On a parasite found in the white corpuscles of the blood of palm squirrels - Number 24
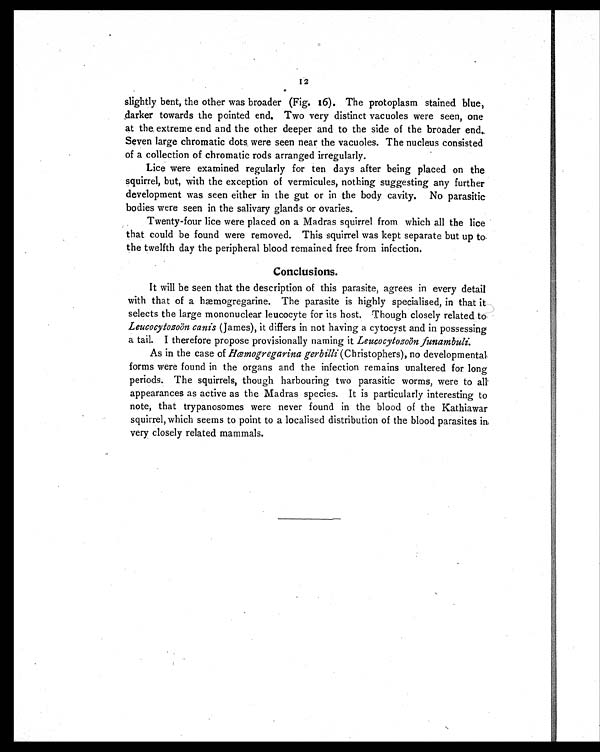
12
slightly bent, the other was broader (Fig. 16). The protoplasm stained blue,
darker towards the pointed end. Two very distinct vacuoles were seen, one
at the, extreme end and the other deeper and to the side of the broader end.
Seven large chromatic dots were seen near the vacuoles. The nucleus consisted
of a collection of chromatic rods arranged irregularly.
Lice were examined regularly for ten days after being placed on the
squirrel, but, with the exception of vermicules, nothing suggesting any further
development was seen either in the gut or in the body cavity. No parasitic
bodies were seen in the salivary glands or ovaries.
Twenty-four lice were placed on a Madras squirrel from which all the lice
that could be found were removed. This squirrel was kept separate but up to
the twelfth day the peripheral blood remained free from infection.
Conclusions.
It will be seen that the description of this parasite, agrees in every detail
with that of a hæmogregarine. The parasite is highly specialised, in that it
selects the large mononuclear leucocyte for its host. Though closely related to
Leucocytozoön canis (James), it differs in not having a cytocyst and in possessing
a tail. I therefore propose provisionally naming it Leucocytozoön funambuli.
As in the case of Hæmogregarina gerbilli (Christophers), no developmental
forms were found in the organs and the infection remains unaltered for long
periods. The squirrels, though harbouring two parasitic worms, were to all
appearances as active as the Madras species. It is particularly interesting to
note, that trypanosomes were never found in the blood of the Kathiawar
squirrel, which seems to point to a localised distribution of the blood parasites in
very closely related mammals.